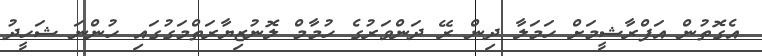
އެގޮތުން އަފްރާޝީމަށް ހަމަލާ ދިން ރޭ ދަންވަރުގެ ހުމާމް ލޮނުޒިޔާރަތްމަގުގައި ހުންނަ ޝަހީދު